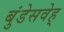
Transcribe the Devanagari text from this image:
बुंडेसवेह्